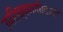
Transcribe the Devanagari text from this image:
उपशिक्षणाधिकारी